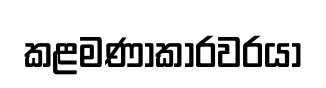
කළමණාකාරවරයා